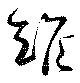
雉